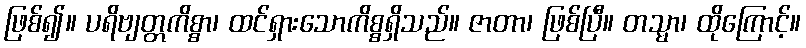
ဖြစ်၍။ ပရိဗျတ္တကိစ္စာ၊ ထင်ရှားသောကိစ္စရှိသည်။ ဇာတာ၊ ဖြစ်ပြီ။ တသ္မာ၊ ထိုကြောင့်။